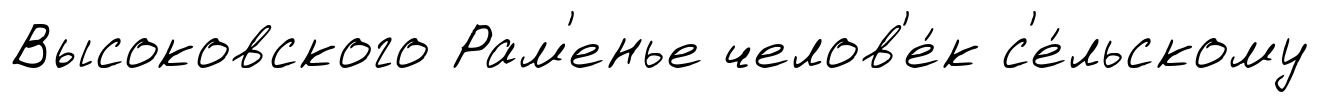
Высоковского Рам'енье челов'е́к с'е́льскому